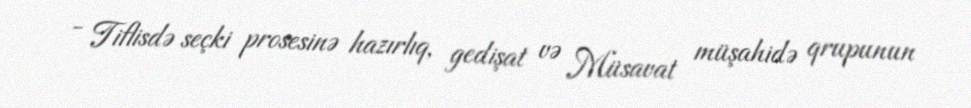
- Tiflisdə seçki prosesinə hazırlıq, gedişat və Müsavat müşahidə qrupunun